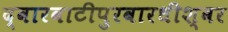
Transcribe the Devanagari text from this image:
द्वारवाटीपुरवारधीश्वर